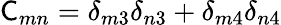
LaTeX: \textsf{C}_{mn}=\delta_{m3}\delta_{n3}+\delta_{m4}\delta_{n4}